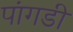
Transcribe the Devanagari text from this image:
पांगडी